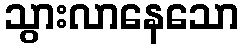
သွားလာနေသော